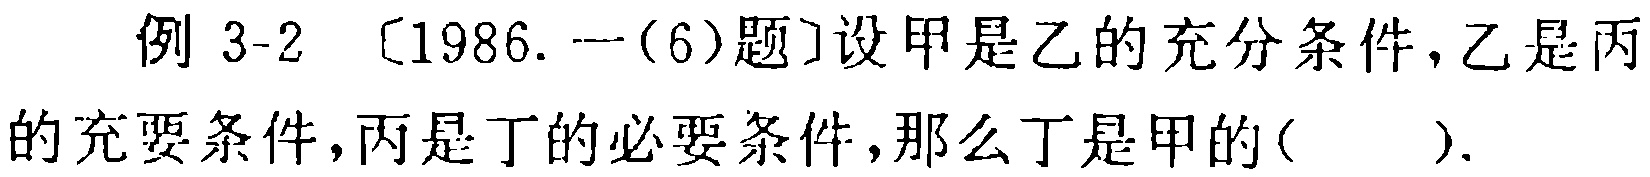
例 3-2 〔1986. 一(6)题〕设甲是乙的充分条件，乙是丙的充要条件，丙是丁的必要条件，那么丁是甲的( ).